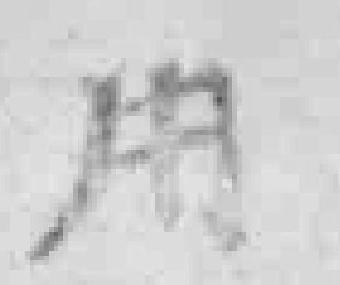
用